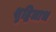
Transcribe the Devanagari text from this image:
शुद्धिलाभ